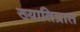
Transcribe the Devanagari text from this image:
ख्यातिप्रात